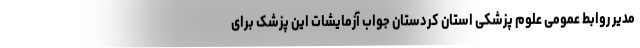
مدیر روابط عمومی علوم پزشکی استان کردستان جواب آزمایشات این پزشک برای